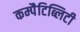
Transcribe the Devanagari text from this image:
कम्पैटिब्लिटी